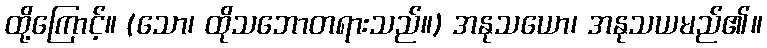
ထို့ကြောင့်။ (သော၊ ထိုသဘောတရားသည်။) အနုသယော၊ အနုသယမည်၏။